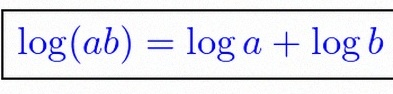
\log(ab)=\log a+\log b